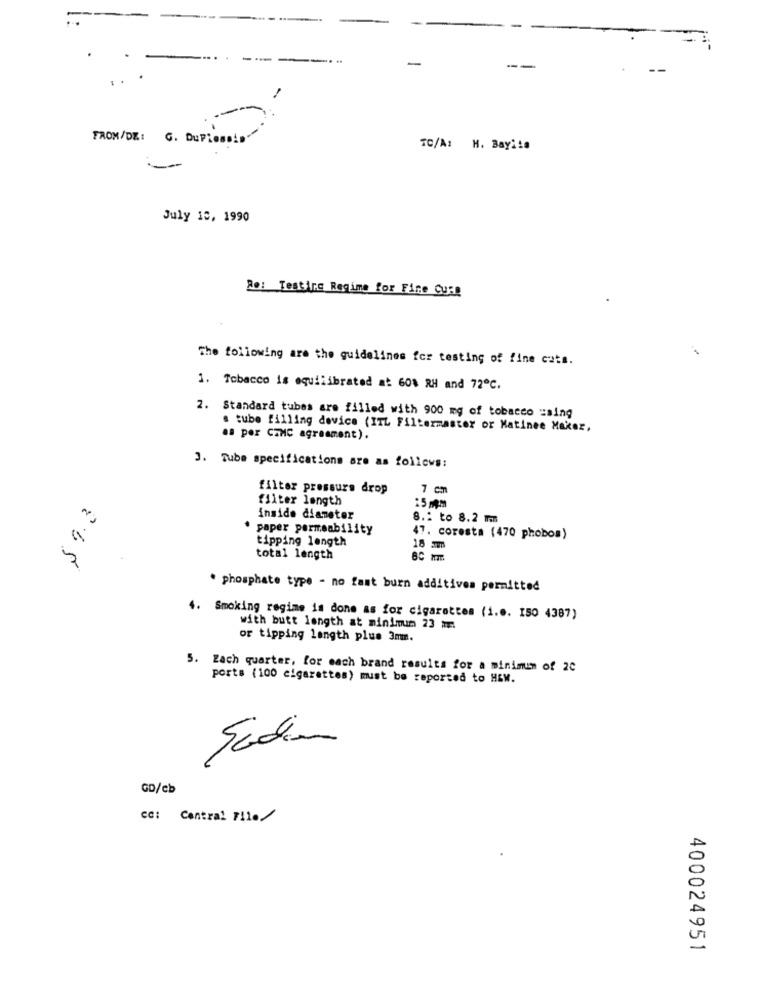
-
--
--
FROM/DE: G. DuPlessis
TC/A: M. Bay !!
July 18, 1990
Re: Testire Regime for Fire Cusp
The following are the guidelines for testing of fine cats.
1. Tobacco is equilibrated at 60% RH and 72℃.
Standard tubes are filled with 900 mg of tobacco :sing
a tube filling device (ITL Filtermaster or Matinee Maker,
.8 por CIMC agreement).
3. Tube specifications are as follows:
filter pressure drop
7 cm
filter length
59.0
inside diameter
8 .: to 8.2 m
paper permeability
tipping length
47. coresta (470 phobos)
18 3mm
total length
. phosphate type - no fast burn additives permitted
4. Smoking regime is done as for cigarettes (i.e. 150 4387)
with butt length at minimum 23 mr.
or tipping length plus 3mm.
5. Zach quarter, for each brand results for a minimum of 20
ports (100 cigarettes) must be reported to HEW.
Sodio
GD/cb
CC: Central File/
400024951